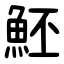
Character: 魾